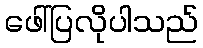
ဖေါ်ပြလိုပါသည်